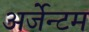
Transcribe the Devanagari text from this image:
अर्जेन्टम